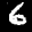
Label: 6